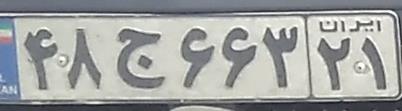
۴۸ج۶۶۳۲۱